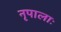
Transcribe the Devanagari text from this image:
नृपालाः